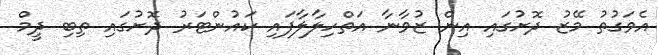
އެވަގުތު މޭޒު ދޮށުގައި އިން ޒުވާނާ އަތްހިލާލާފައި ކައުންޓަރު ދޮށުގައި ތިބި ދީމް